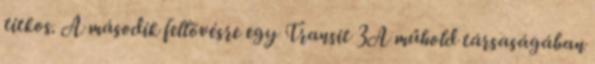
titkos. A második fellövésre egy Transit 3A műhold társaságában